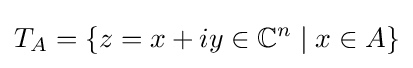
T_{A}=\{z=x+iy\in \mathbb {C} ^{n}\mid x\in A\}